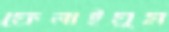
ফেলাইয়ুম